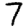
Digit: 7